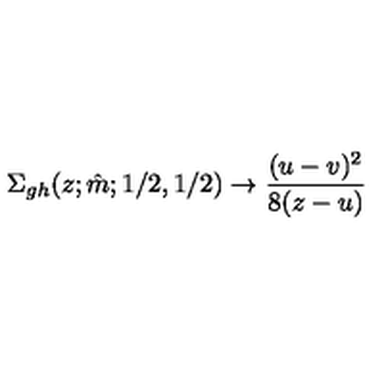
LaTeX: \Sigma _ { g h } ( z ; \hat { m } ; 1 / 2 , 1 / 2 ) \to \frac { ( u - v ) ^ { 2 } } { 8 ( z - u ) }